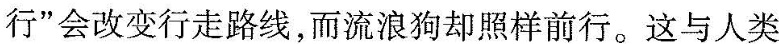
行”会改变行走路线，而流浪狗却照样前行。这与人类